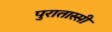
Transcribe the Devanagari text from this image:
पुरातास्सी